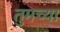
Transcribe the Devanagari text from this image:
तुमच्‍या